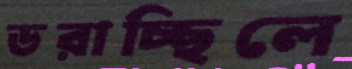
ডরাচ্ছিলে